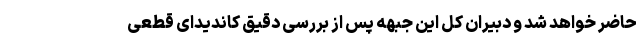
حاضر خواهد شد و دبیران کل این جبهه پس از بررسی دقیق کاندیدای قطعی